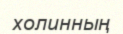
холинның